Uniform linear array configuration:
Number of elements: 12
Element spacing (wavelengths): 0.5
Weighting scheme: exponential
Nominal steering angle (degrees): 60
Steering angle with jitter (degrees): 60.648
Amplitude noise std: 0.05
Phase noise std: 0.05

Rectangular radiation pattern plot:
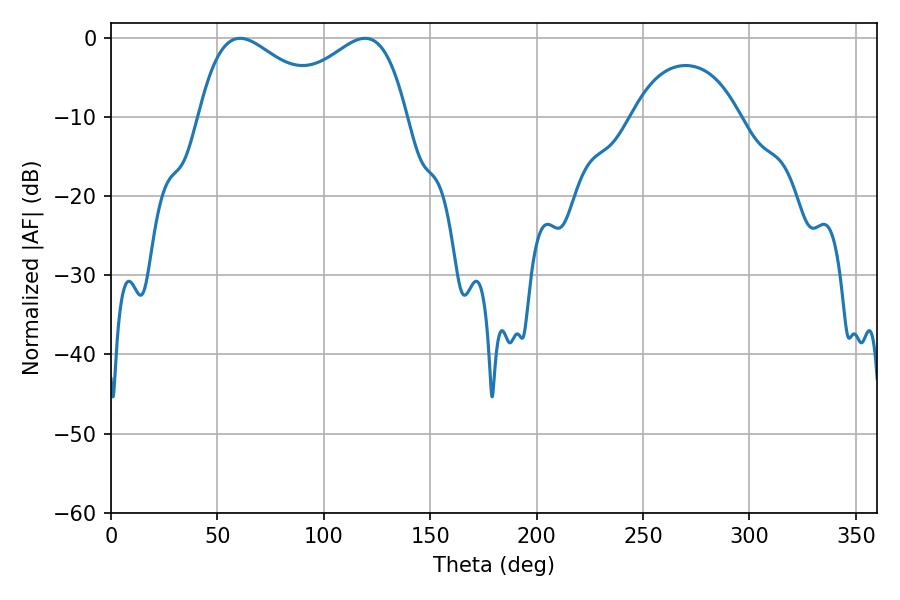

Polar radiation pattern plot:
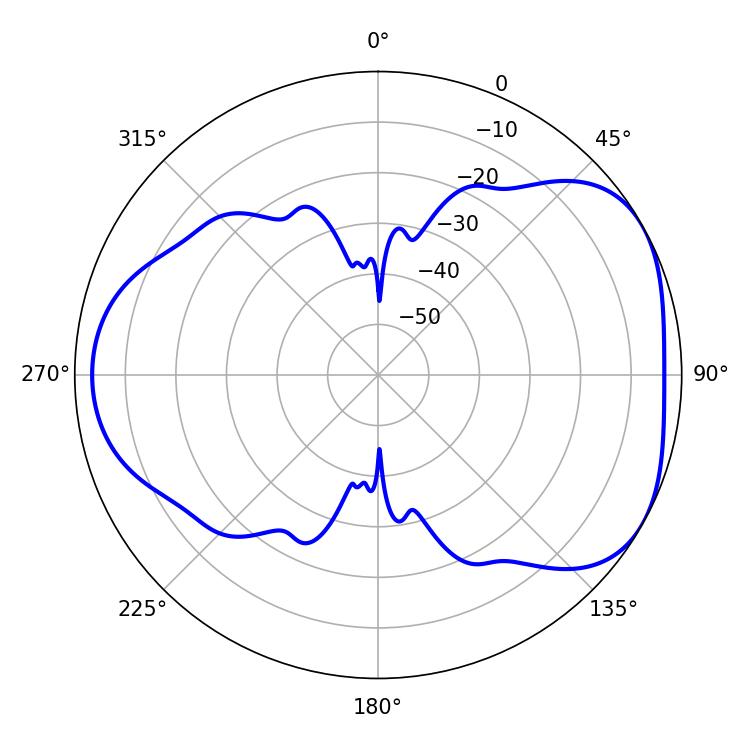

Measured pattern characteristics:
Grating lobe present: FALSE
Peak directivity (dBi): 4.579
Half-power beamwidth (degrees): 33.48
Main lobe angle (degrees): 60.66